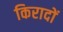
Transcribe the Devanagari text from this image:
किरादों